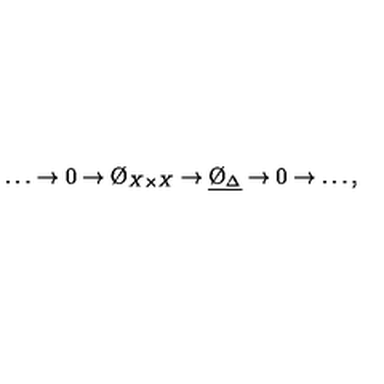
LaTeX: \ldots \to 0 \to \O _ { X \times X } \to \underline { { \O _ { \Delta } } } \to 0 \to \ldots ,